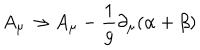
LaTeX: A _ { \mu } \to A _ { \mu } - \frac { 1 } { g } \partial _ { \mu } ( \alpha + \beta )